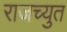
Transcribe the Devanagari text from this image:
राजच्युत